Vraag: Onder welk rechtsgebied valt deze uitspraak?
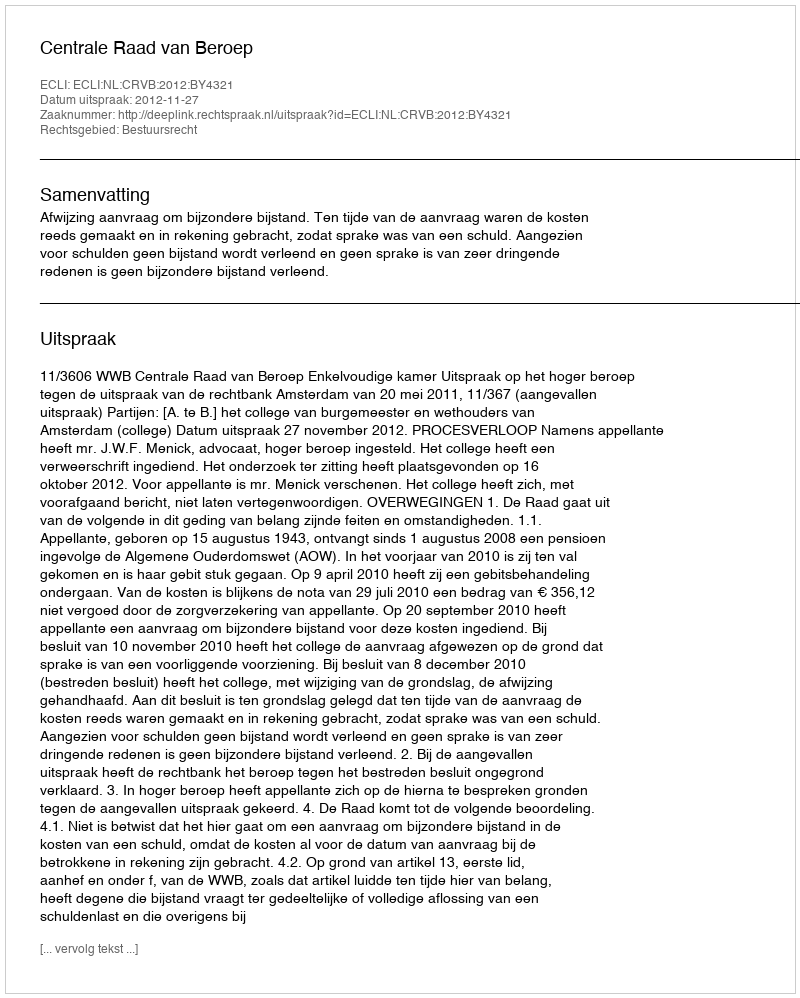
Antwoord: Bestuursrecht